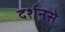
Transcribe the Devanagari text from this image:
दर्शनसे